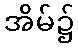
အိမ်၌